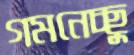
গমনেচ্ছু